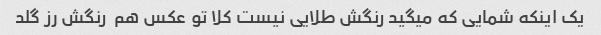
یک اینکه شمایی که میگید رنگش طلایی نیست کلا تو عکس هم  رنگش رز گلد